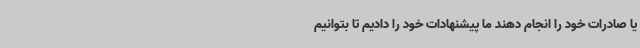
یا صادرات خود را انجام دهند ما پیشنهادات خود را دادیم تا بتوانیم